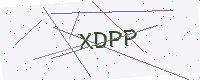
Text: XDPP